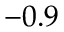
- 0 . 9